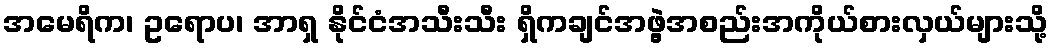
အမေရိက၊ ဥရောပ၊ အာရှ နိုင်ငံအသီးသီး ရှိကချင်အဖွဲ့အစည်းအကိုယ်စားလှယ်များသို့